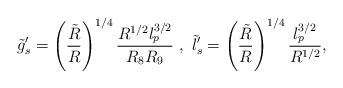
LaTeX: \begin{align*}\tilde{g}_s^{\prime} = \left( \frac{\tilde{R}}{R} \right)^{1/4} \frac{R^{1/2} l_p^{3/2}}{R_8 R_9 } \ , \ \tilde{l}_s^{\prime} = \left( \frac{\tilde{R}}{R} \right)^{1/4} \frac{l_p^{3/2}}{R^{1/2} } ,\end{align*}